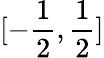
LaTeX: [-\frac{1}{2},\frac{1}{2}]